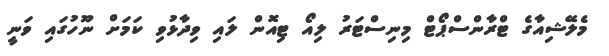
މެލޭޝިއާގެ ޓްރާންސްޕޯޓް މިނިސްޓަރު ލިއޯ ޓިއޮން ލައި ވިދާޅުވި ކަމަށް ނޫހުގައި ވަނީ